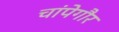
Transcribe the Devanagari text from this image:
चांपेगौर